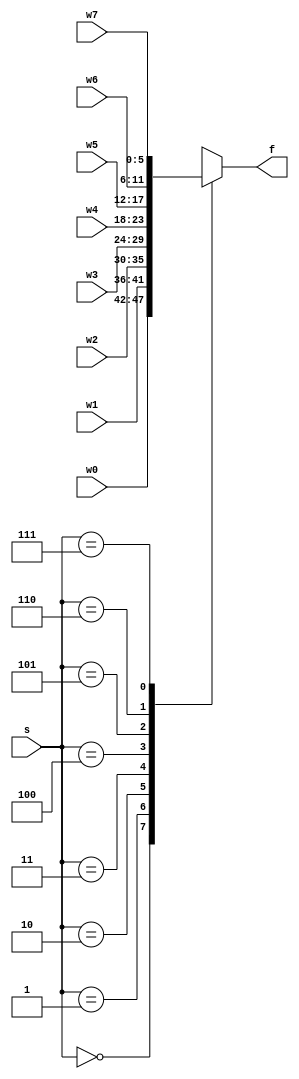
`timescale 1ns / 1ps
//////////////////////////////////////////////////////////////////////////////////
// Company: 
// Engineer: 
// 
// Design Name: 
// Module Name: mux_8x1_nbit
// Project Name: 
// Target Devices: 
// Tool Versions: 
// Description: 
// 
// Dependencies: 
// 
// Revision:
// Revision 0.01 - File Created
// Additional Comments:
// 
//////////////////////////////////////////////////////////////////////////////////


module mux_8x1_nbit 
    #(parameter N = 6) (
    input [N - 1: 0] w0, w1, w2, w3, w4, w5, w6, w7,
    input [2:0] s,
    output reg [N - 1: 0] f
    );
    always @(w0, w1, w2, w3, w4, w5, w6, w7, s)
    begin
        case(s)
            3'b000: f = w0;
            3'b001: f = w1;
            3'b010: f = w2;
            3'b011: f = w3;
            3'b100: f = w4;
            3'b101: f = w5;
            3'b110: f = w6;
            3'b111: f = w7;
            default: f = 'bx;
        endcase
    end
endmodule